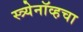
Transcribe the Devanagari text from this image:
स्त्र्येनॉव्हचा